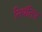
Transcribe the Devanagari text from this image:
नियंतित्र